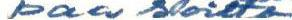
paa soitto